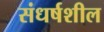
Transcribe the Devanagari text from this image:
संधर्षशील